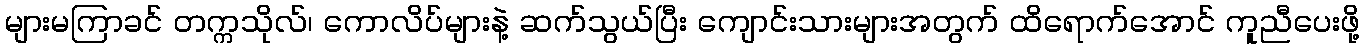
များမကြာခင် တက္ကသိုလ်၊ ကောလိပ်များနဲ့ ဆက်သွယ်ပြီး ကျောင်းသားများအတွက် ထိရောက်အောင် ကူညီပေးဖို့